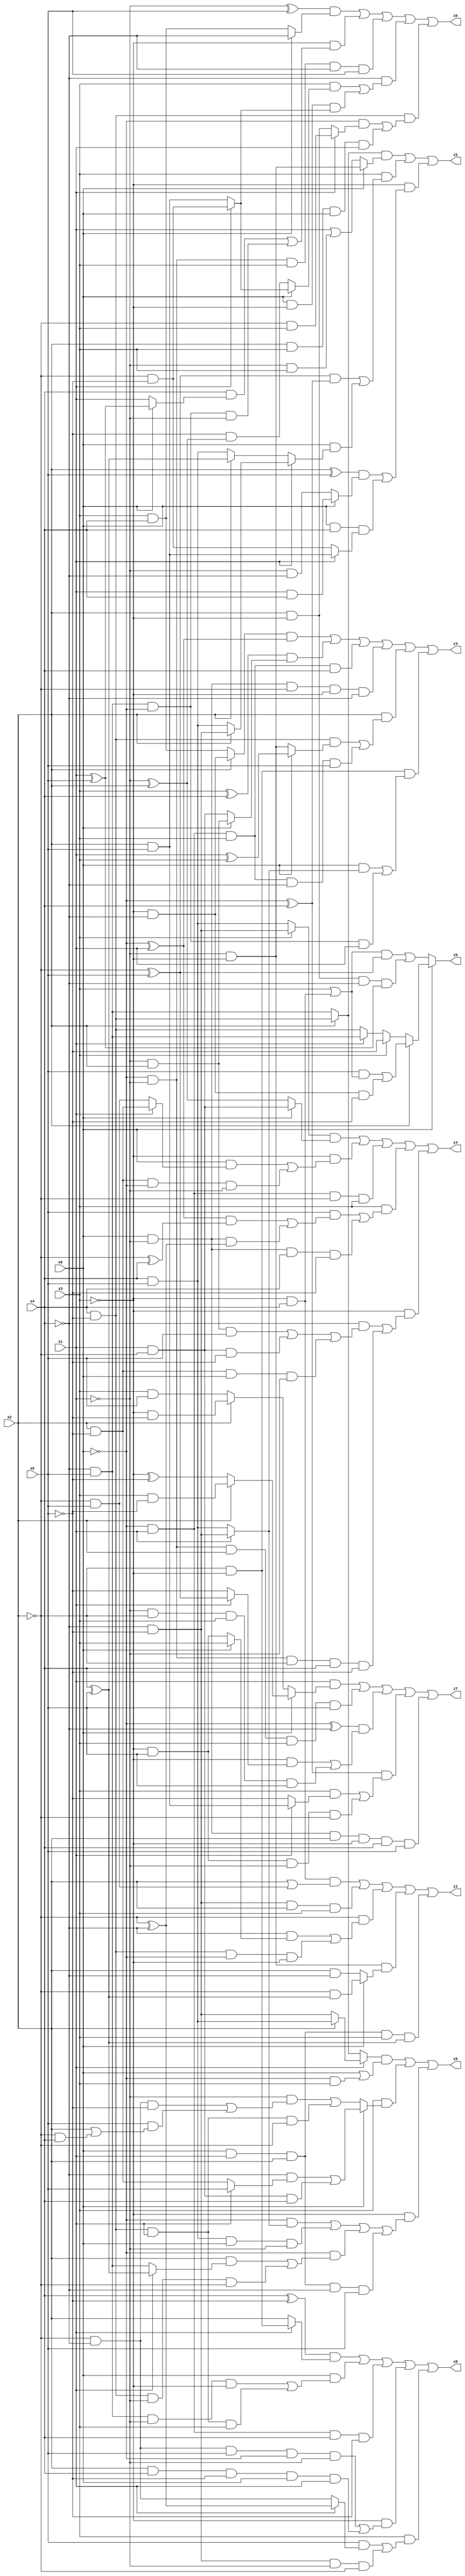
// Benchmark "X_62" written by ABC on Tue Jun 06 22:27:31 2023

module X_62 ( 
    x0, x1, x2, x3, x4, x5,
    z0, z1, z2, z3, z4, z5, z6, z7, z8  );
  input  x0, x1, x2, x3, x4, x5;
  output z0, z1, z2, z3, z4, z5, z6, z7, z8;
  assign z0 = x0 ? (x2 ? ((x5 & (x3 | (~x3 & x4))) | (~x3 & ~x4 & ~x5)) : (x3 ? ~x5 : (x1 ? (~x4 & x5) : (x4 & ~x5)))) : (((x3 | (~x3 & x4)) & (~x2 ^ x5)) | (x2 & ~x3 & ~x4 & (x1 ^ x5)));
  assign z1 = (~x3 & x4 & (x2 | (~x2 & x5))) | (~x4 & ~x5 & x2 & x3) | (~x2 & ((~x4 & (x0 ? x3 : (~x3 & x5))) | (x4 & ~x5 & ~x0 & ~x3))) | (~x1 & ~x3 & (x0 ? (~x2 & (x4 ^ x5)) : (x2 & ~x4))) | (x0 & x1 & x2 & x3 & (x4 ^ x5));
  assign z2 = ((x2 ? (x4 & ~x5) : (~x4 & x5)) & (x0 ? (~x1 & ~x3) : (x1 | (~x1 & x3)))) | (x3 & (((~x2 ^ x5) & (~x0 ^ x4)) | (x0 & (x1 ? (x2 ? (~x4 & ~x5) : (x4 & x5)) : (x2 ? (x4 ^ x5) : (x4 & x5)))))) | (~x3 & (((x2 ^ x5) & (x0 ? (x1 & x4) : (~x1 & ~x4))) | (x0 & x4 & (x1 ? (x2 & x5) : (~x2 & ~x5)))));
  assign z3 = ((x2 ? (~x3 & ~x4) : (x3 & x4)) & (~x0 ^ x1)) | ((x3 ^ x4) & (x0 ? (~x1 & x2) : (x1 & ~x2))) | (~x0 & x1 & x3 & x4) | (x0 & ~x1 & ~x2 & ~x3 & ~x4) | (x2 & ((x4 & ~x5 & (x0 ? (x1 ^ x3) : (~x1 & ~x3))) | (~x0 & x1 & x3 & ~x4 & x5))) | (~x2 & ~x3 & ((x0 & (x1 ? (~x4 & ~x5) : (x4 & x5))) | (~x4 & x5 & ~x0 & x1)));
  assign z4 = ((x3 ? (~x4 & ~x5) : (x4 & x5)) & (x0 ? (x1 & ~x2) : (~x1 ^ x2))) | (~x3 & ((x0 & (x1 ? (x2 & ~x5) : (~x2 & x5))) | (x2 & ~x5 & ~x0 & ~x1))) | (~x0 & x1 & ~x2 & x3) | (x3 & ((x5 & (((~x0 ^ x1) & (~x2 ^ x4)) | (x0 & ~x1 & (~x2 ^ ~x4)))) | (x0 & ~x1 & x4 & ~x5))) | (~x3 & ((~x4 & ((~x1 & x2 & x5) | (x1 & ~x2 & ~x5) | (x2 & ~x5 & x0 & ~x1))) | (~x0 & ~x1 & ~x2 & x4 & ~x5)));
  assign z5 = ((~x1 ^ x5) & (x0 ? ~x4 : (x3 & x4))) | (~x3 & ((x4 & (x0 ? (x1 ^ x5) : x1)) | (~x4 & x5 & ~x0 & ~x1))) | (~x0 & ~x1 & x3 & ~x4 & x5) | (~x4 & ((x3 & (x0 ? (x1 ? (~x2 & ~x5) : (x2 & x5)) : (~x5 & (~x1 ^ x2)))) | (x0 & ~x3 & (x1 ? (~x2 & ~x5) : (x2 & x5))))) | (x4 & ~x5 & ((~x0 & (x1 ? (~x2 & x3) : (x2 & ~x3))) | (x2 & x3 & x0 & x1)));
  assign z6 = ((x1 ? (x2 ? (x4 & x5) : (~x4 & ~x5)) : (x2 ? (x4 & ~x5) : (~x4 & x5))) & (x0 | (~x0 & x3))) | (x3 & (x0 ? ((~x4 & (x1 ? x5 : (x2 & ~x5))) | (x1 & ~x2 & x4)) : ((~x1 & ((~x2 & ~x4 & ~x5) | (x5 & (x2 | (~x2 & x4))))) | (x4 & ~x5 & x1 & ~x2)))) | (~x3 & ((~x0 & (x1 ? (~x4 & ~x5) : (x4 & x5))) | (x4 & x5 & x0 & ~x1) | (~x0 & ((x2 & (x1 ? (x4 ^ x5) : (~x4 & x5))) | (x4 & ~x5 & ~x1 & ~x2))) | (x0 & x1 & x2 & ~x4 & x5)));
  assign z7 = (x1 & (x0 ? (x2 ? (x3 & ~x5) : (~x3 ^ ~x5)) : (x2 ? (~x3 & ~x5) : (x3 & x5)))) | (~x0 & ~x1 & x2 & x3 & x5) | ((~x0 ^ ~x4) & ((~x3 & (x1 ? (~x2 ^ x5) : ~x5)) | (~x1 & ~x2 & x3 & x5))) | ((~x0 ^ x4) & ((x3 & (x1 ? (x2 & x5) : ~x5)) | (~x3 & x5 & ~x1 & ~x2))) | (x0 & ~x1 & x2 & ~x3 & x4 & x5);
  assign z8 = ((x4 ^ ~x5) & (x1 ? (~x2 & ~x3) : x2)) | (x0 & ((~x4 & x5 & ~x1 & ~x3) | (x4 & ~x5 & x1 & x3))) | (~x0 & x1 & x4 & ~x5) | (~x3 & ((~x2 & ~x4 & x5 & ~x0 & ~x1) | (x2 & x4 & ~x5 & x0 & x1))) | (x3 & ((x5 & (x1 ? (~x2 ^ ~x4) : (~x2 & ~x4))) | (~x4 & ~x5 & ~x1 & ~x2)));
endmodule